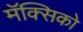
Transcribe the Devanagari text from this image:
मॅक्सिको